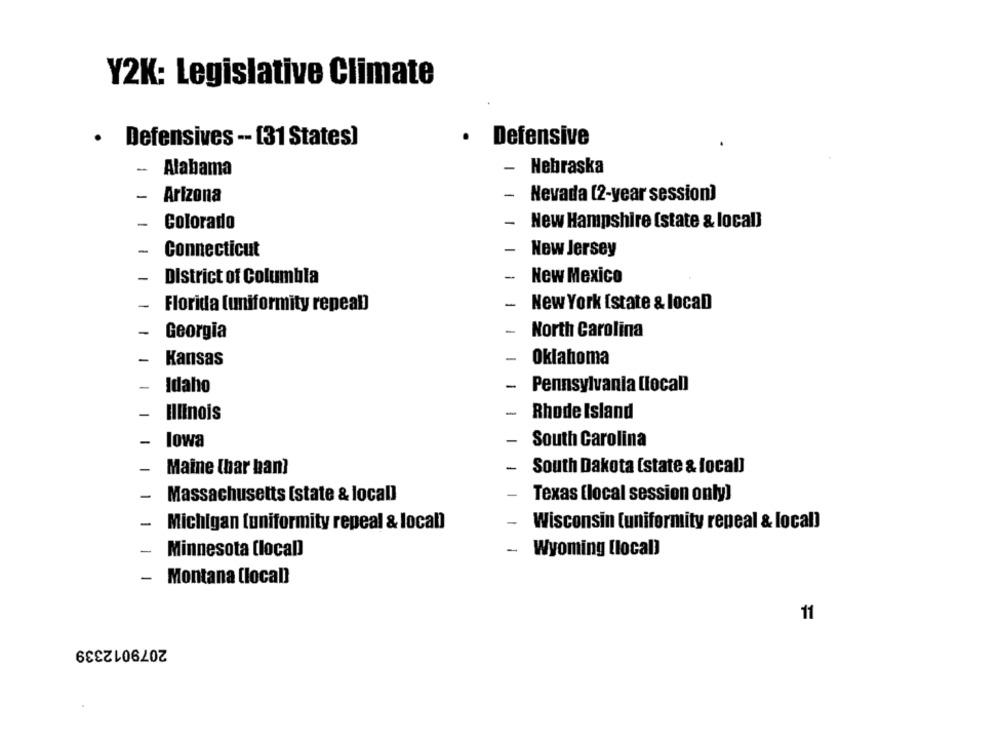
Y2K: Legislative Climate
· Defensives -- [31 States]
.
Defensive
-
Alabama
-
Nebraska
-
Arizona
-
Nevada (2-year session)
-
-
Colorado
New Hampshire [state & local]
-
Connecticut
-
New Jersey
-
District of Columbia
-
New Mexico
-
-
Florida (uniformity repeal]
New York [state & locaD
-
North Carolina
Georgia
-
-
Kansas
Oklahoma
Idaho
-
Pennsylvania [local)
Illinois
Rhode Island
lowa
South Carolina
Maine (har ban]
South Dakota [state & local)
-
Massachusetts [state & local]
Texas (local session only)
-
Michigan [uniformity repeal & local)
Wisconsin [uniformity repeal & local)
-
Minnesota (local)
Wyoming [local)
-
Montana Clocall
11
2079012339